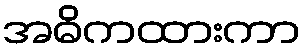
အဓိကထားကာ